65_HS1-834228961_62-HQ-83894_Section_7
Agency: FBI
Page 80
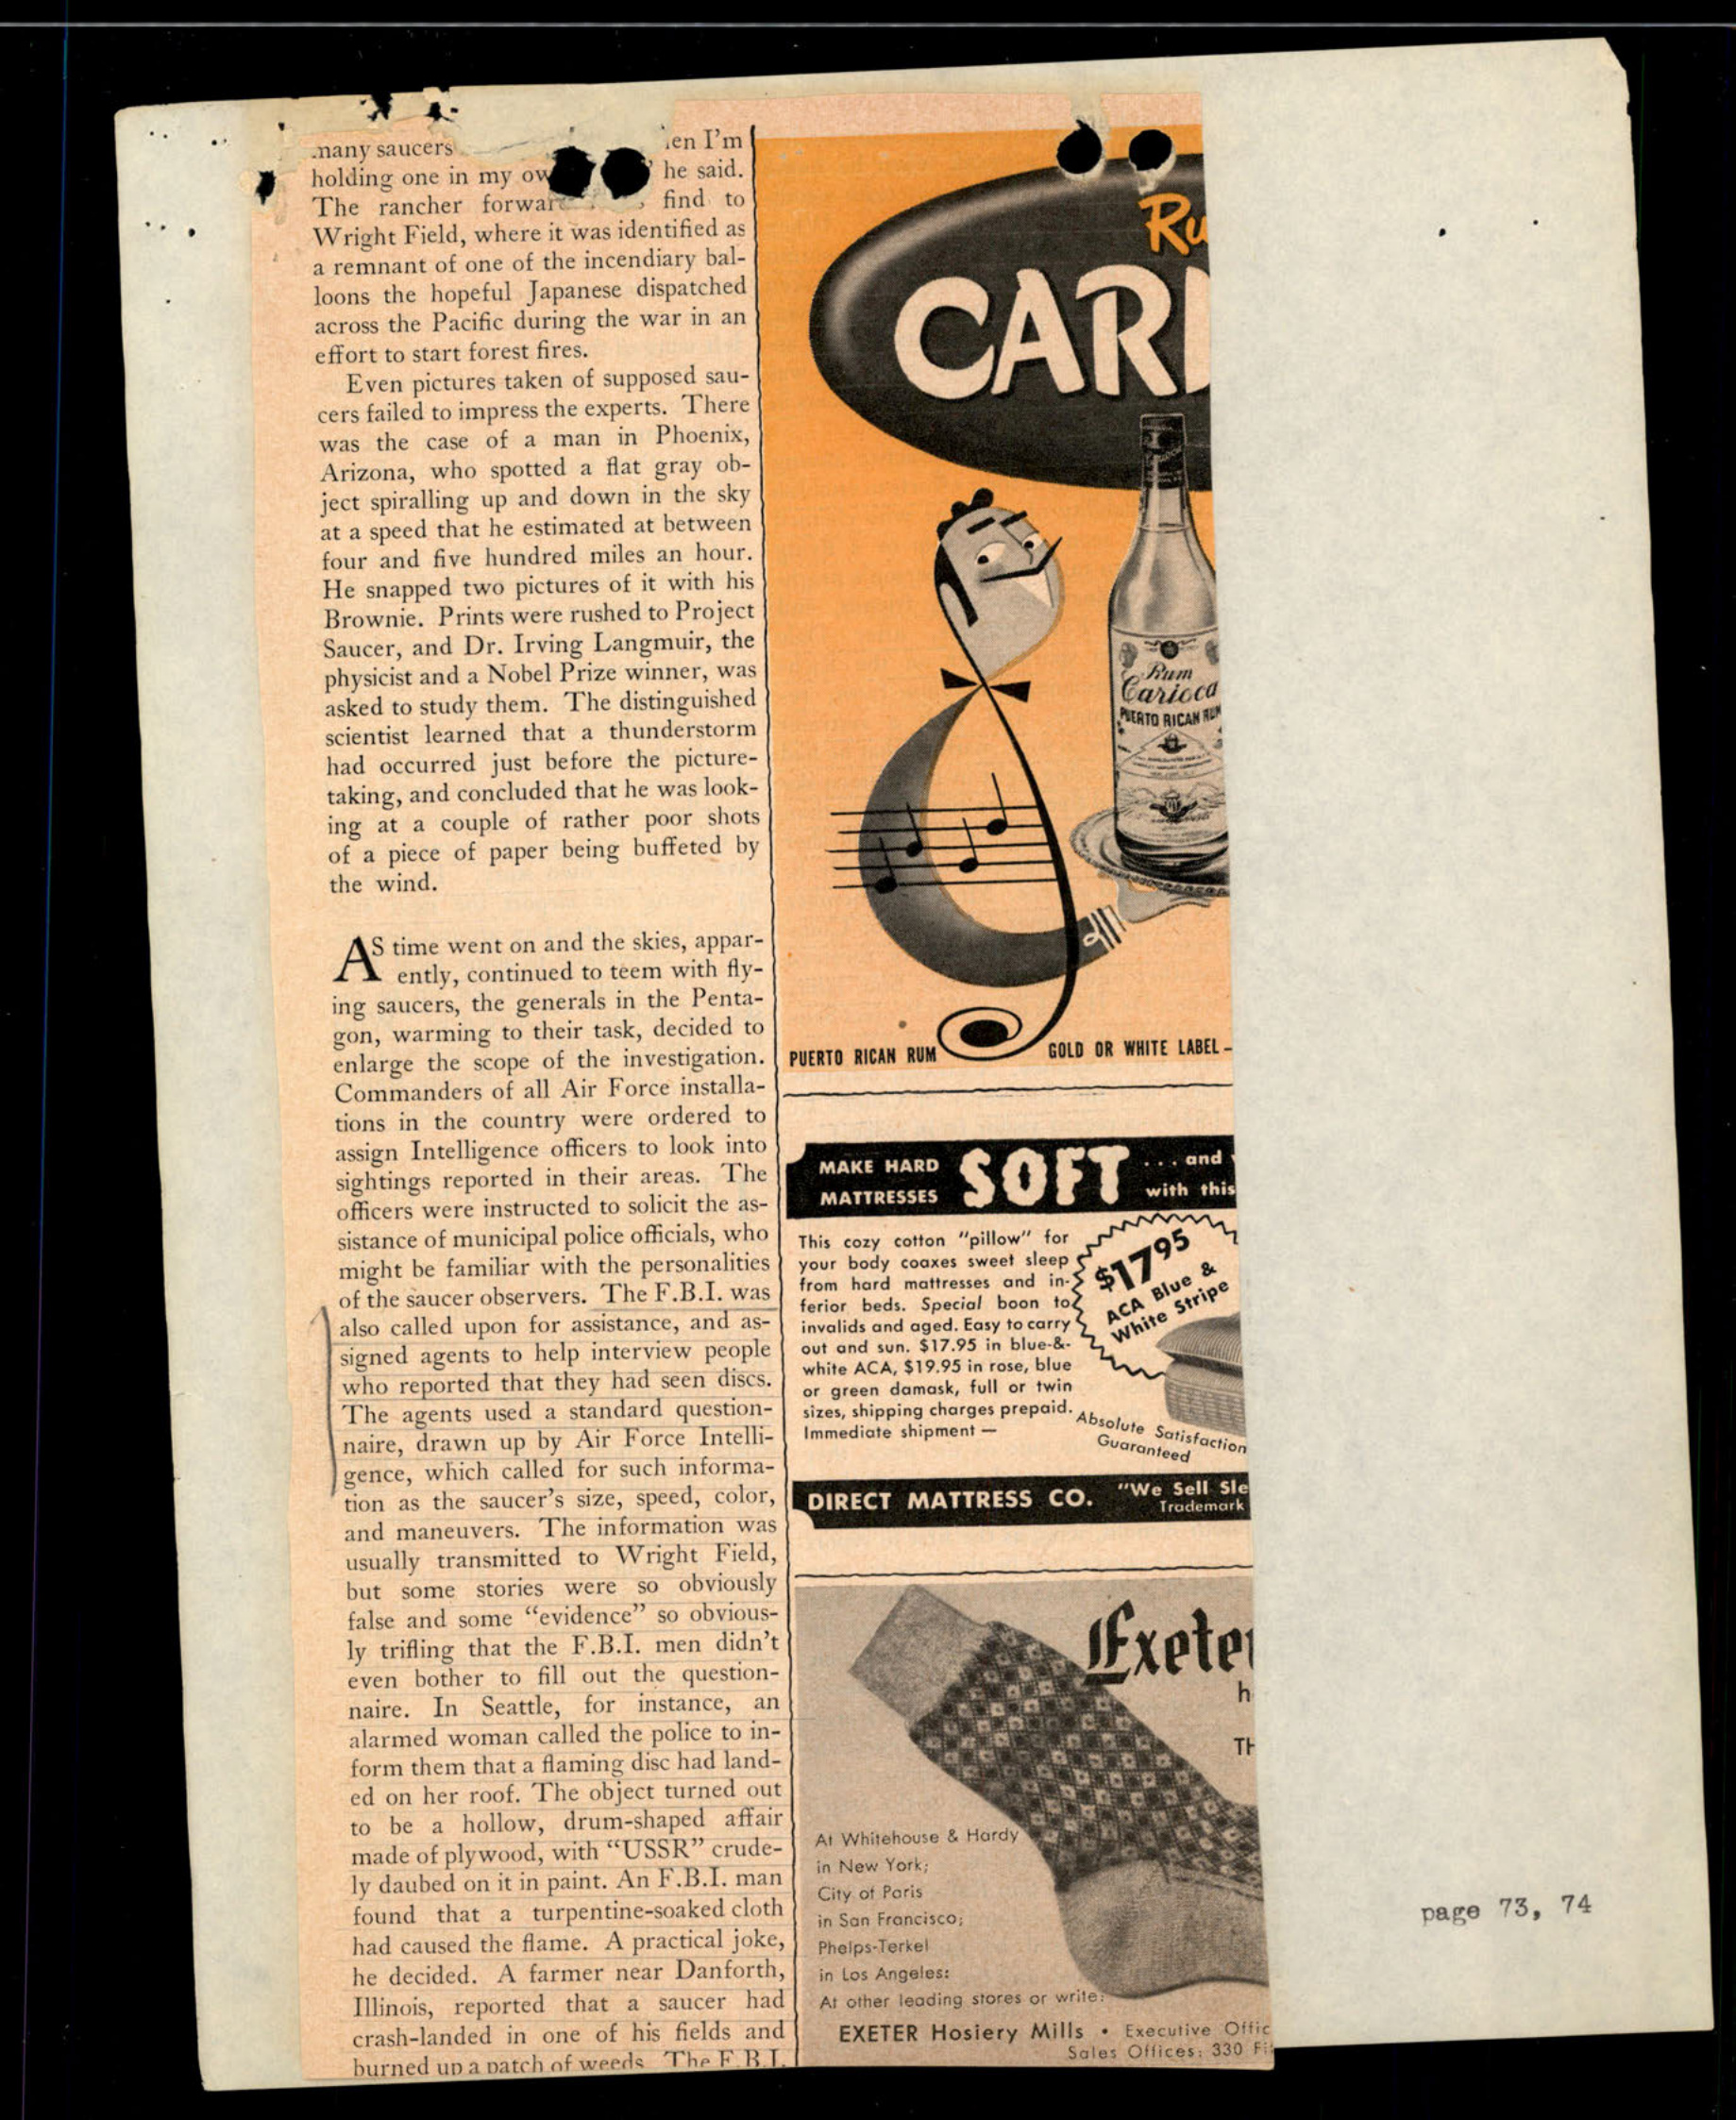